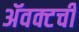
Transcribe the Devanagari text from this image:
ॲवक्टची